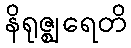
နိရုဇ္ဈရေတိ